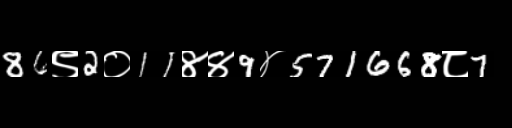
Text: 86९2०11४४9४571668८7